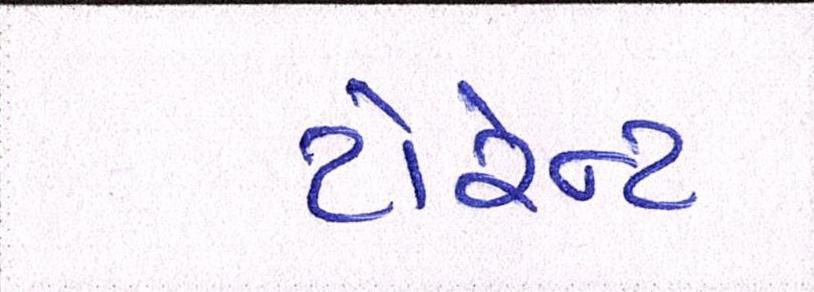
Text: ટોરેન્ટ